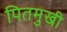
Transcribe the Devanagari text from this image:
पितमुखी